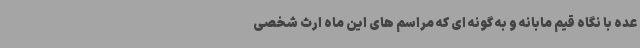
عده با نگاه قیم مابانه و به گونه ای که مراسم های این ماه ارث شخصی